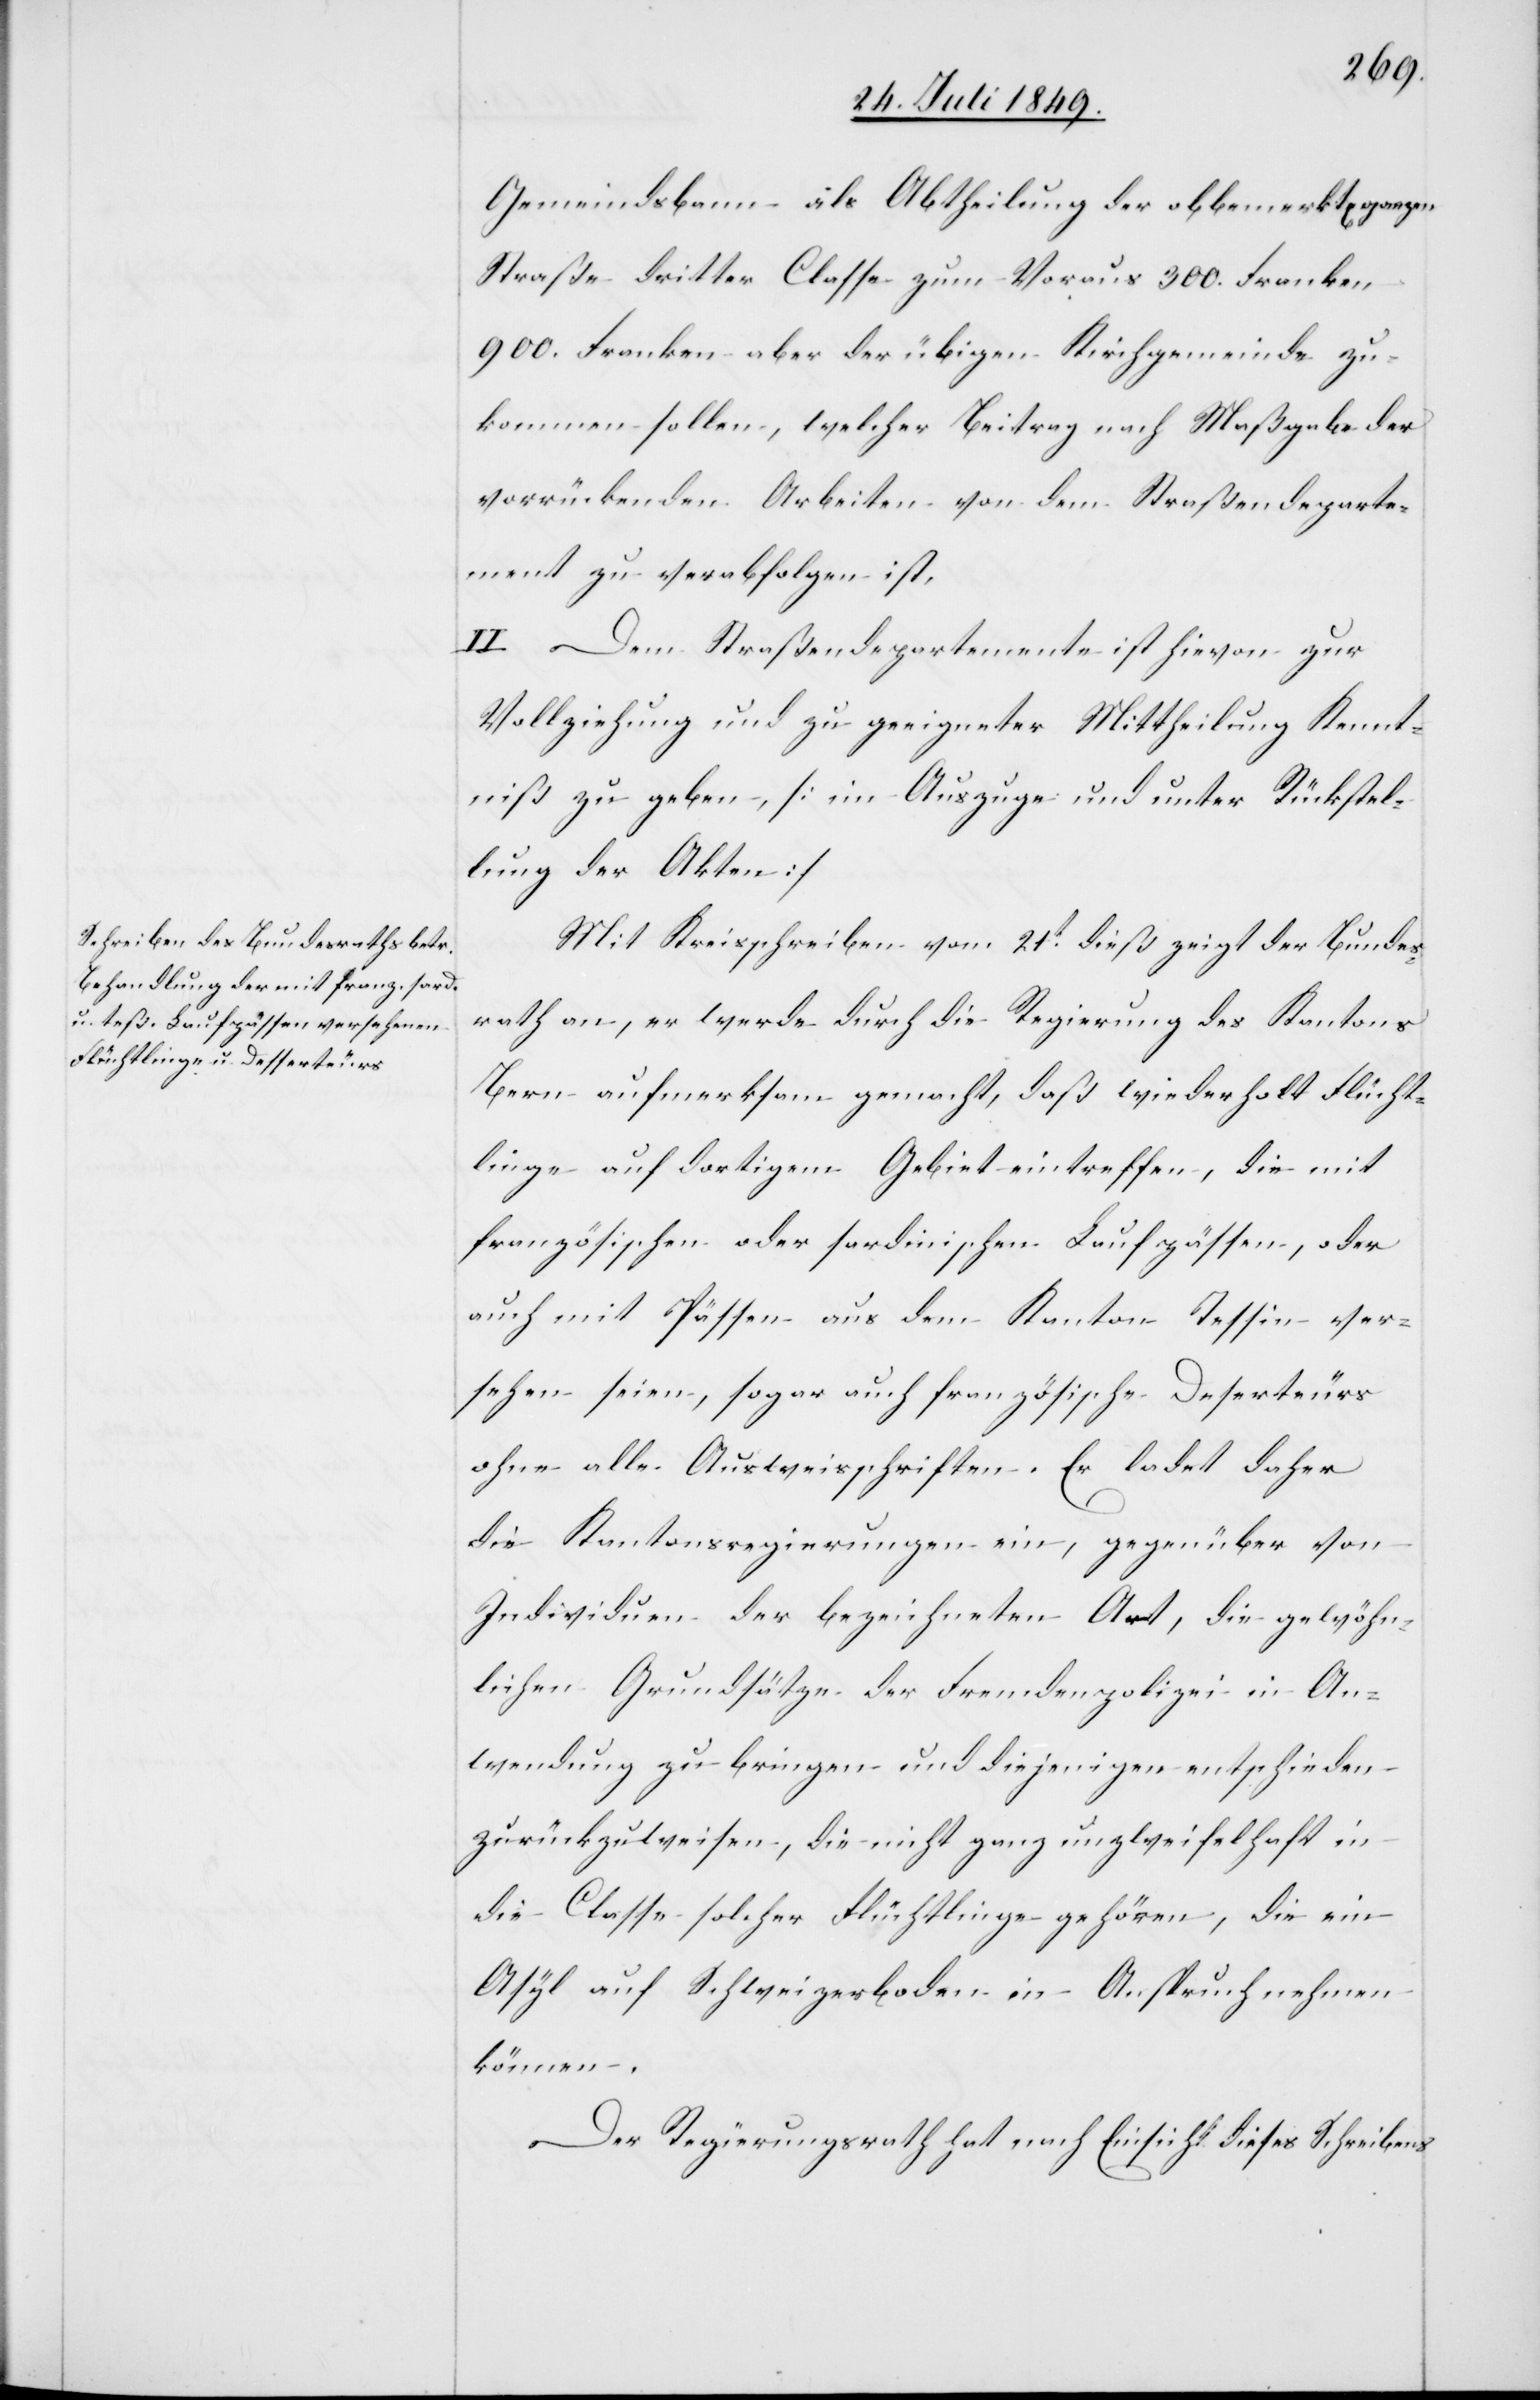
Gemeindsbann als Abtheilung der obbemerkt[en] ganzen
Straße dritter Classe zum Voraus 300. Franken
900. Franken aber der üb[r]igen Kirchgemeinde zu¬
kommen sollen, welcher Beitrag nach Maßgabe der
vorrückenden Arbeiten von dem Straßendeparte¬
ment zu verabfolgen ist,
II. Dem Straßendepartemente ist hievon zur
Vollziehung und zu geeigneter Mittheilung Kennt¬
niß zu geben, [im Auszuge und unter Rückstel¬
lung der Akten][.]
Mit Kreisschreiben vom 21t dieß zeigt der Bundes¬
rath an, er werde durch die Regierung des Kantons
Bern aufmerksam gemacht, daß wiederholt Flücht¬
linge auf dortigem Gebiet eintreffen, die mit
französischen oder sardinischen Laufpässen, oder
auch mit Pässen aus dem Kanton Tessin ver¬
sehen seien, sogar auch französische Deserteurs
ohne alle Ausweisschriften. Er ladet daher
die Kantonsregierungen ein, gegenüber von
Individuen der bezeichneten Art, die gewöhn¬
lichen Grundsätze der Fremdenpolizei in An¬
wendung zu bringen und diejenigen entschieden
zurückzuweisen, die nicht ganz gehören, die ein
Asyl auf Schweizerboden in Anspruch nehmen
können.
Der Regierungsrath hat nach Einsicht dieses Schreibens